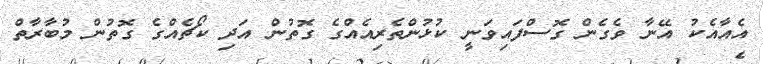
އެއާއެކު އޭނާ ވެގެން ގޮސްފައިވަނީ ކުޅުންތެރިއެއްގެ ގޮތުން އަދި ކޯޗެއްގެ ގޮތުން މުބާރާތް